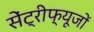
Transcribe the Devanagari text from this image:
सेंट्रीफ्यूजों